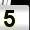
Digit: 5